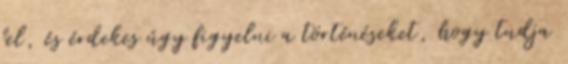
fel, és érdekes úgy figyelni a történéseket, hogy tudja